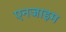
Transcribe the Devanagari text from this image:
एनजाइम